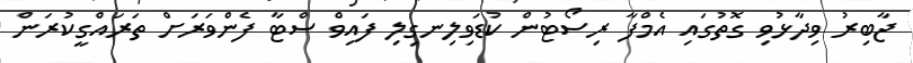
ޖާބިރު ވިދާޅުވި ގޮތުގައި އެމްފާ ރިސޯޓުން ކުޑަވިލިނގިލި ފައިވް ސްޓާ ފެންވަރަށް ތަރައްގީކުރަން